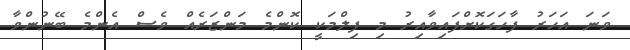
ވަނަ އަހަރު ފާހަގަކޮށްފައިވާއިރު މި ފިލްމަކީ ކޮންމެ މަންޒަރެއް ވެސް އެންމެ ބޭނުންވާ